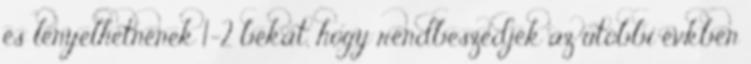
és lenyelhetnének 1-2 békát, hogy rendbeszedjék az utóbbi évkben